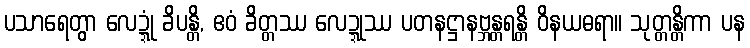
ပသာရေတွာ လေဍ္ဍုံ ခိပန္တိ, ဧဝံ ခိတ္တဿ လေဍ္ဍုဿ ပတနဋ္ဌာနဗ္ဘန္တရန္တိ ဝိနယဓရာ။ သုတ္တန္တိကာ ပန